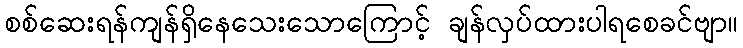
စစ်ဆေးရန်ကျန်ရှိနေသေးသောကြောင့် ချန်လှပ်ထားပါရစေခင်ဗျာ။